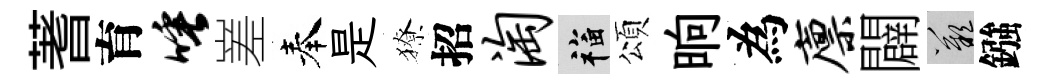
蓍育唾嵳奉是獠招淘福頌晌為廪闢嘆鏹